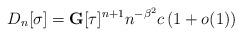
LaTeX: \begin{align*}D_{n}[\sigma]=\mathbf{G}[\tau]^{n+1}n^{-\beta^{2}}c \left( 1+ o(1) \right)\end{align*}